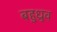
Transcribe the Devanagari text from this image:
बहुध्रुव